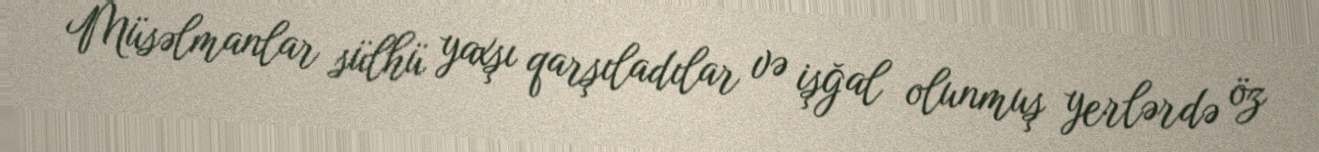
Müsəlmanlar sülhü yaxşı qarşıladılar və işğal olunmuş yerlərdə öz